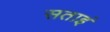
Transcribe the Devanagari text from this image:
सताइं